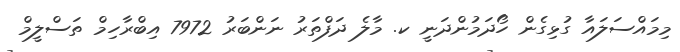
މިމައްސަލައާ ގުޅިގެން ހޯދަމުންދަނީ ކ. މާލެ ދަފްތަރު ނަންބަރު 7972 އިބްރާހިމް ތަސްލީމް